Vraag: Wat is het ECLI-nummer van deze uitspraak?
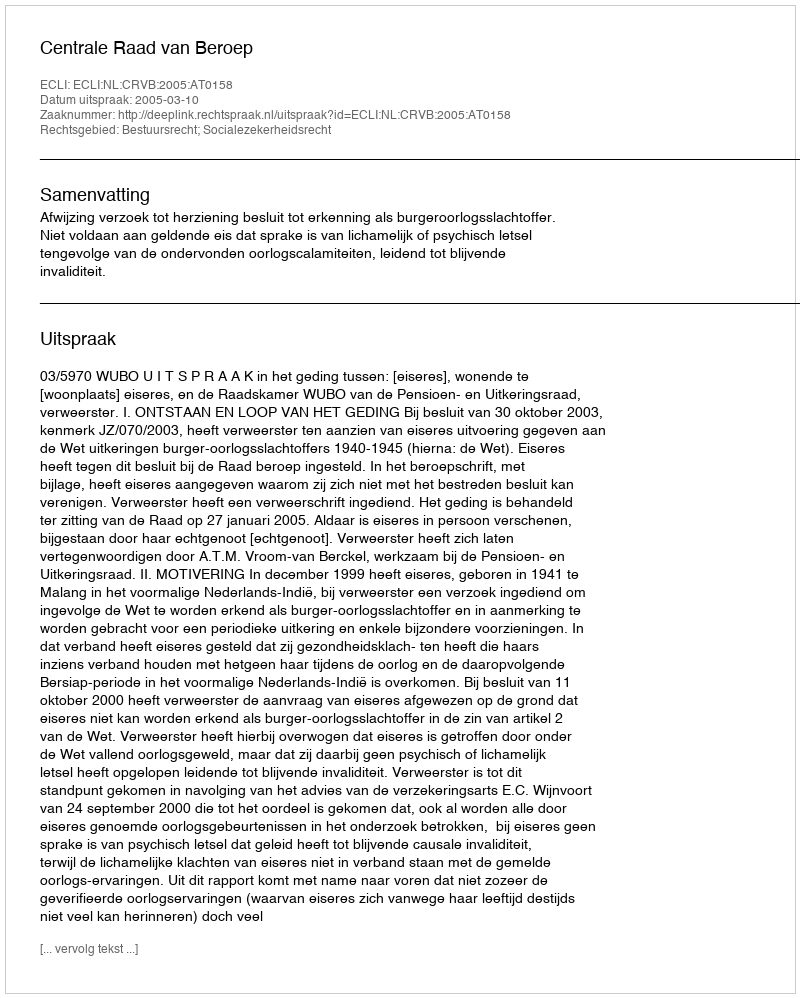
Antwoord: ECLI:NL:CRVB:2005:AT0158